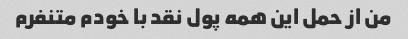
من از حمل این همه پول نقد با خودم متنفرم